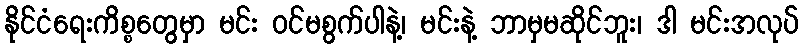
နိုင်ငံရေးကိစ္စတွေမှာ မင်း ဝင်မစွက်ပါနဲ့၊ မင်းနဲ့ ဘာမှမဆိုင်ဘူး၊ ဒါ မင်းအလုပ်